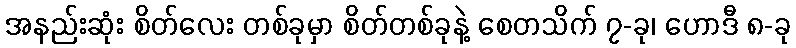
အနည်းဆုံး စိတ်လေး တစ်ခုမှာ စိတ်တစ်ခုနဲ့ စေတသိက် ၇-ခု၊ ဟောဒီ ၈-ခု